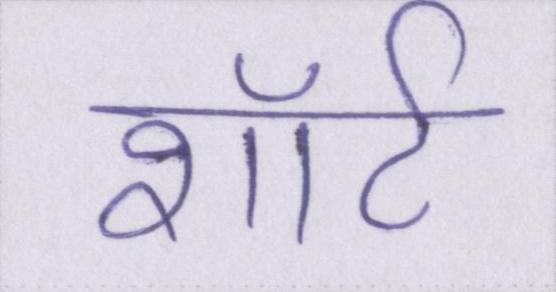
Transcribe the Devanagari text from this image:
शॉर्ट